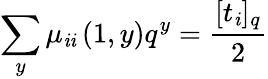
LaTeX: \sum_{y}\mu_{\mathit{i}\mathit{i}}\left(1,y\right)q^{y}=\frac{{[t_{\mathit{i}}]_{q}}}{{2}}